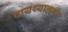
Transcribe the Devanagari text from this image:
पायथ्यालगत